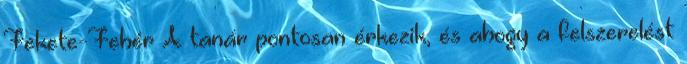
Fekete-Fehér A tanár pontosan érkezik, és ahogy a felszerelést